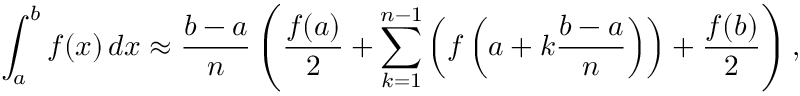
\int _ { a } ^ { b } f ( x ) \, d x \approx { \frac { b - a } { n } } \left( { \frac { f ( a ) } { 2 } } + \sum _ { k = 1 } ^ { n - 1 } \left( f \left( a + k { \frac { b - a } { n } } \right) \right) + { \frac { f ( b ) } { 2 } } \right) ,